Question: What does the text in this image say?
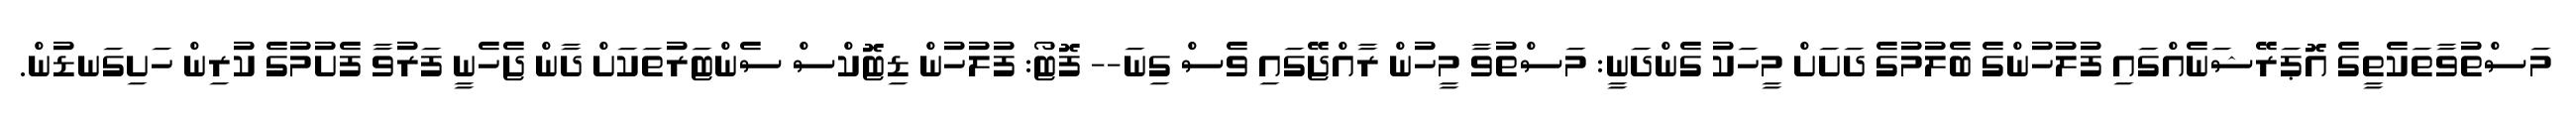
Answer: މަސްތުވާތަކެތީގެ އޮޕަރޭޝަނެއްގައި ފުލުހުންގެ ބެލުމުގެ ދަށަށް މީހަކު ގެންދަނީ: މަސްތުވާ މީހުން ރާއްޖޭގައި ވެސް ގިނަ-- ފޮޓޯ: ފުލުހުން ޑިޓޮކްސް ސެންޓަރުތަކަށް ދާން ޖެހެނީ ފަރުވާ ފެށުމުގެ ކުރިން ހަށިގަނޑުން.